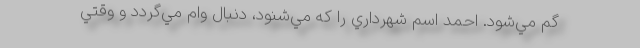
گم مي‌شود. احمد اسم شهرداري را كه مي‌شنود، دنبال وام مي‌گردد و وقتي